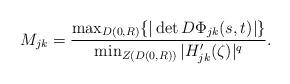
LaTeX: \begin{align*}M_{jk}=\frac{\max_{D(0,R)}\{|\det D\Phi_{jk}(s,t)|\}}{\min_{Z(D(0,R))}|H'_{jk}(\zeta)|^q}.\end{align*}